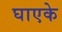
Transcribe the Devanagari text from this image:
घाएके